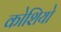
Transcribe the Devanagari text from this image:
कोशियो